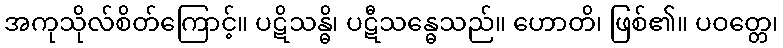
အကုသိုလ်စိတ်ကြောင့်။ ပဋိသန္ဓိ၊ ပဋီသန္ဓေသည်။ ဟောတိ၊ ဖြစ်၏။ ပဝတ္တေ၊